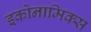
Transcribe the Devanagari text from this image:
इकोनामिक्स